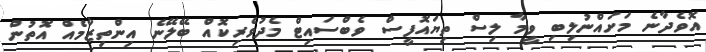
އޮވެދާނެ މަށައްނުލިބި ވީމާ ލިސް ތިޔައޮފީސް ވެބްސައިޓް މެދުވެރިކޮއް ބޭލޭނެ އިންތިޒާމެއް އޮތުން